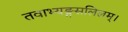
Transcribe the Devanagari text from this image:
तवाभ्यङ्गसलिलम्।